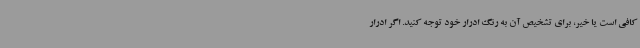
کافی است یا خیر، برای تشخیص آن به رنگ ادرار خود توجه کنید. اگر ادرار